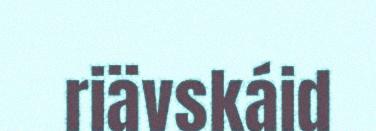
riävskáid